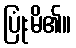
ပြုံးမိ၏။